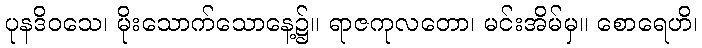
ပုနဒိဝသေ၊ မိုးသောက်သောနေ့၌။ ရာဇကုလတော၊ မင်းအိမ်မှ။ စောရေဟိ၊